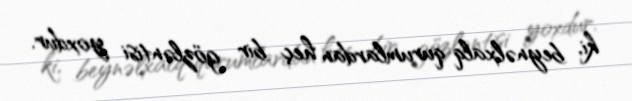
ki, beynəlxalq qurumlardan heç bir gözləntisi yoxdur.